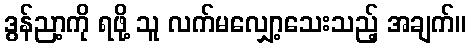
ဒွန်ညာ့ကို ရဖို့ သူ လက်မလျှော့သေးသည့် အချက်။